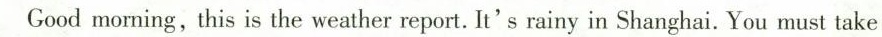
Good morning, this is the weather report. It's rainy in Shanghai. You must take